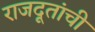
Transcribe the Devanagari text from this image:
राजदूतांची